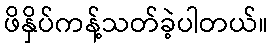
ဖိနှိပ်ကန့်သတ်ခဲ့ပါတယ်။